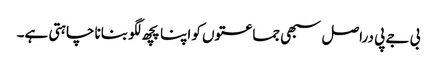
بی جے پی دراصل سبھی جماعتوں کو اپنا پچھ لگو بنانا چاہتی ہے۔